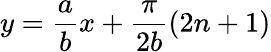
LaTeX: y=\frac{a}{b}x+\frac{\pi}{2b}(2n+1)